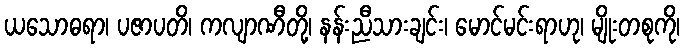
ယသောဓရာ၊ ပဇာပတိ၊ ကလျာဏီတို့၊ နန်းညီသားချင်း၊ မောင်မင်းရာဟု၊ မျိုးတစုကို၊